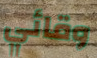
وقائي